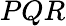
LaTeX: PQR